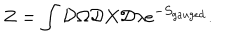
Z = \int { \cal D } \Omega { \cal D } X { \cal D } \lambda e ^ { - S _ { g a u g e d } } .